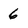
Character: 6